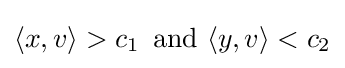
\langle x,v\rangle >c_{1}\,{\text{ and }}\langle y,v\rangle <c_{2}